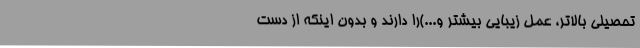
تحصیلی بالاتر، عمل زیبایی بیشتر و...)را دارند و بدون اینکه از دست